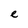
Character: e